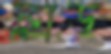
ফ্লাড